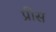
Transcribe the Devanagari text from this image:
प्रीस